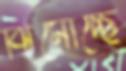
ঝিমোচ্ছে